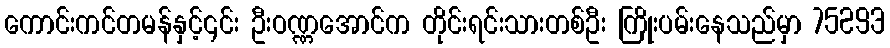
ကောင်းကင်တမန်နှင့်၎င်း ဦးဝဏ္ဏအောင်က တိုင်းရင်းသားတစ်ဦး ကြိုးပမ်းနေသည်မှာ 75293